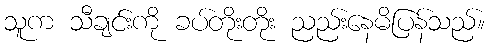
သူက သီချင်းကို ခပ်တိုးတိုး ညည်းနေမိပြန်သည်။